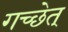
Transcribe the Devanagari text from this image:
गच्छेत्‌